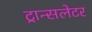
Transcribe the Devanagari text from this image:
ट्रान्सलेटर